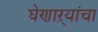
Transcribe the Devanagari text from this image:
घेणाऱ्यांचा